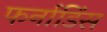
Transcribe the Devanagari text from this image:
फर्नाडिंस